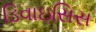
ડિવાઇસિસ